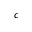
^ c